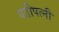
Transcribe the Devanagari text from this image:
पतीपत्‍नी